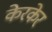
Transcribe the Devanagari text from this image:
केरकेर